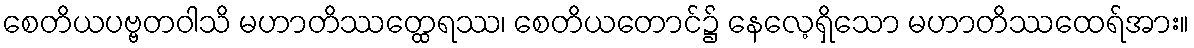
စေတိယပဗ္ဗတဝါသိ မဟာတိဿတ္ထေရဿ၊ စေတိယတောင်၌ နေလေ့ရှိသော မဟာတိဿထေရ်အား။